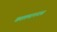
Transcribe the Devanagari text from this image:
कालमापनास